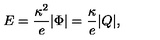
E = { \frac { \kappa ^ { 2 } } { e } } | \Phi | = { \frac { \kappa } { e } } | Q | ,